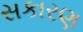
સકારણ